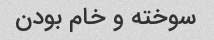
سوخته و خام بودن